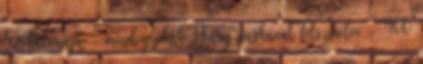
52 katonája - mindegyikük Henry puskával felszerelve - 400